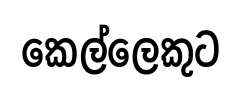
කෙල්ලෙකුට